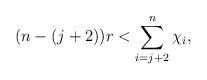
\begin{align*} (n-(j+2))r < \sum\limits_{i=j+2}^n \chi_i, \end{align*}